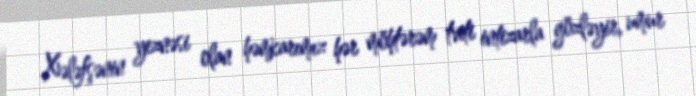
Xələfşənin yeznəsi olan həmkarımız hər möhtərəm tviti intizarla gözləyir, umur